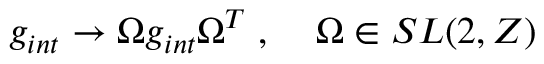
g _ { i n t } \rightarrow \Omega g _ { i n t } \Omega ^ { T } \; , \; \; \; \; \Omega \in S L ( 2 , Z )